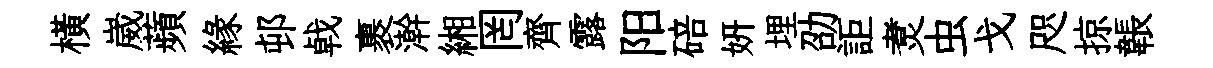
橫崴蘋緣邨㦸裹澣緗罔齊露阳碚妍埋劭詎煑虫戈咫掠韔